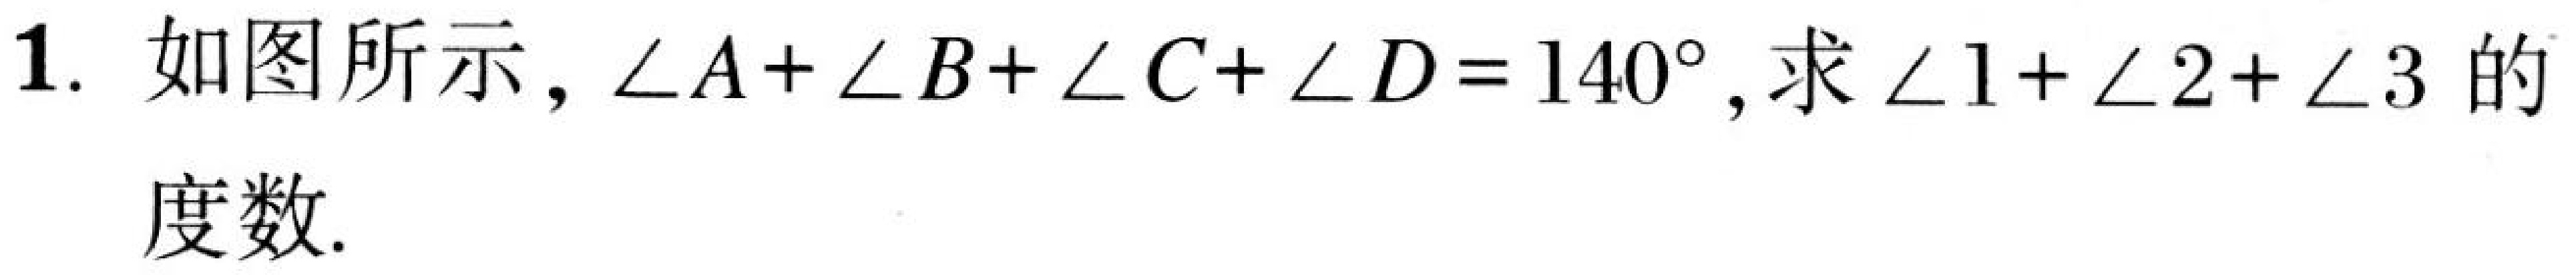
1. 如图所示，\(\angle A+\angle B+\angle C+\angle D = 140^{\circ}\)，求\(\angle 1+\angle 2+\angle 3\)的度数.